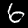
Digit: 6